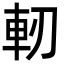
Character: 軔